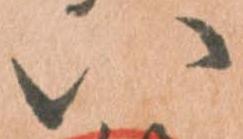
八